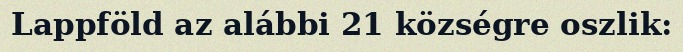
Lappföld az alábbi 21 községre oszlik: